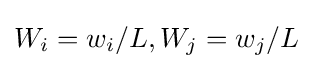
{\textstyle W_{i}=w_{i}/L,W_{j}=w_{j}/L}